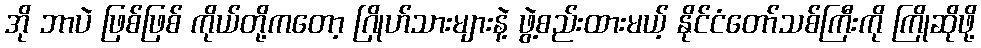
အို ဘာပဲ ဖြစ်ဖြစ် ကိုယ်တို့ကတော့ ဂြိုဟ်သားများနဲ့ ဖွဲ့စည်းထားမယ့် နိုင်ငံတော်သစ်ကြီးကို ကြိုဆိုဖို့